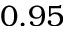
0 . 9 5